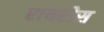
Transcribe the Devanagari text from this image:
रायरीस